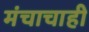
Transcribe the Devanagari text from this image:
मंचाचाही